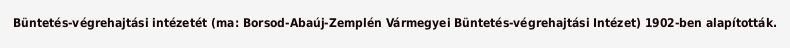
Büntetés-végrehajtási intézetét (ma: Borsod-Abaúj-Zemplén Vármegyei Büntetés-végrehajtási Intézet) 1902-ben alapították.